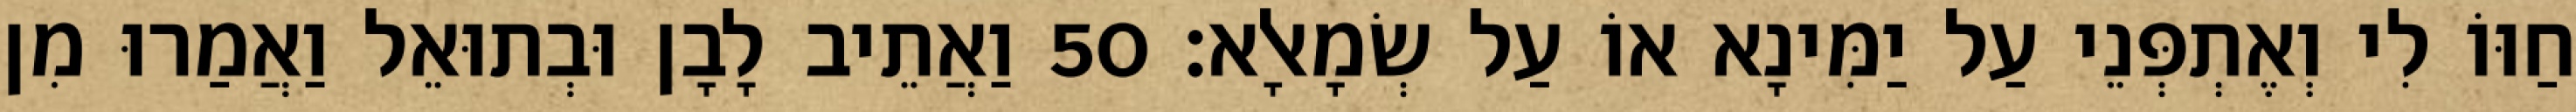
חַוּוֹ לִי וְאֶתְפְּנֵי עַל יַמִּינָא אוֹ עַל שְׂמָאלָא׃ 50 וַאֲתֵיב לָבָן וּבְתוּאֵל וַאֲמַרוּ מִן